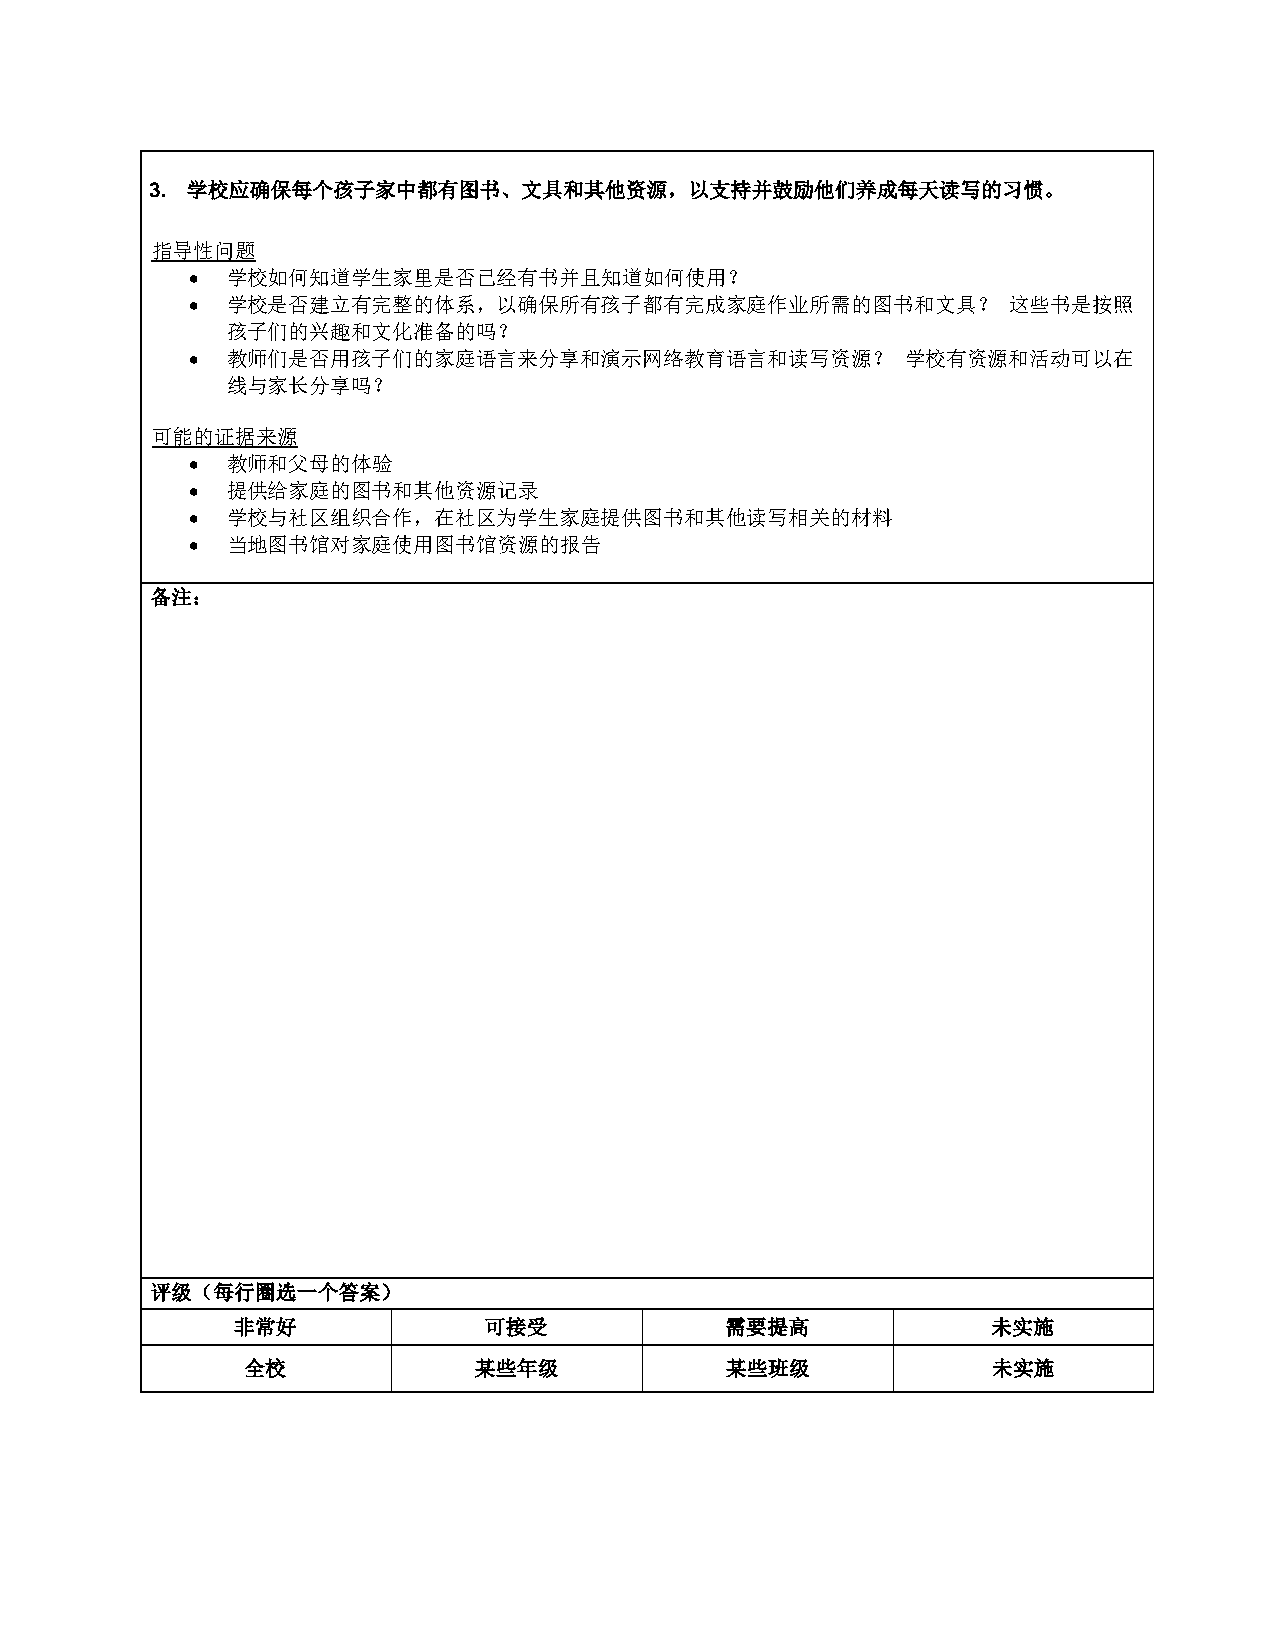
3. 学校应确保每个孩子家中都有图书、文具和其他资源，以支持并鼓励他们养成每天读写的习惯。
 指导性问题
 • 学校如何知道学生家里是否已经有书并且知道如何使用？
 • 学校是否建立有完整的体系，以确保所有孩子都有完成家庭作业所需的图书和文具？               这些书是按照
 孩子们的兴趣和文化准备的吗？
 • 教师们是否用孩子们的家庭语言来分享和演示网络教育语言和读写资源？             学校有资源和活动可以在
 线与家长分享吗？
 可能的证据来源
 • 教师和父母的体验
 • 提供给家庭的图书和其他资源记录
 • 学校与社区组织合作，在社区为学生家庭提供图书和其他读写相关的材料
 • 当地图书馆对家庭使用图书馆资源的报告
 备注：
 评级（每行圈选一个答案）
 非常好              可接受             需要提高              未实施
 全校             某些年级             某些班级              未实施